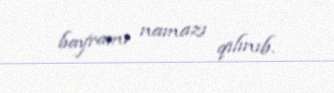
bayramı namazı qılınıb.